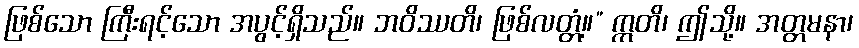
ဖြစ်သော ကြီးရင့်သော အပွင့်ရှိသည်။ ဘဝိဿတိ၊ ဖြစ်လတ္တံ့။” ဣတိ၊ ဤသို့။ အတ္တမနာ၊